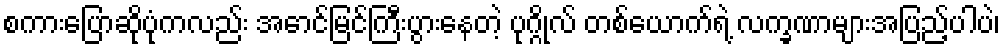
စကားပြောဆိုပုံကလည်း အောင်မြင်ကြီးပွားနေတဲ့ ပုဂ္ဂိုလ် တစ်ယောက်ရဲ့ လက္ခဏာများအပြည့်ပါပဲ၊